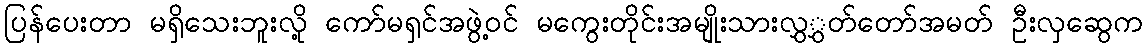
ပြန်ပေးတာ မရှိသေးဘူးလို့ ကော်မရှင်အဖွဲ့ဝင် မကွေးတိုင်းအမျိုးသားလွှွှတ်တော်အမတ် ဦးလှဆွေက